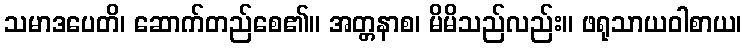
သမာဒပေတိ၊ ဆောက်တည်စေ၏။ အတ္တနာစ၊ မိမိသည်လည်း။ ဖရုသာယဝါစာယ၊